Report of an investigation into the causes of the diseases known in Assam as Kála-Azár and Beri-Beri
Disease focus: Beri-Beri
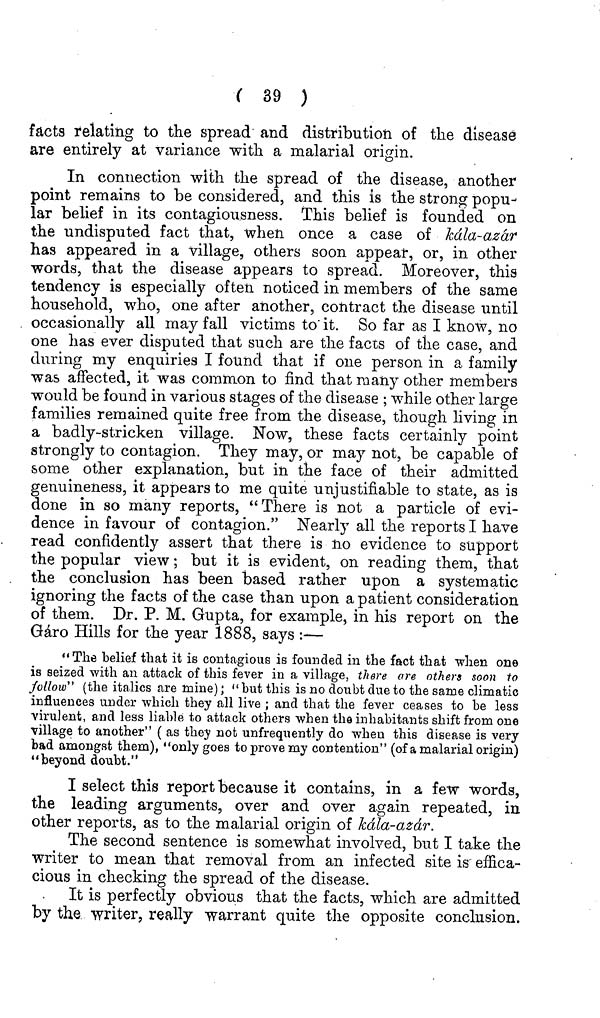
( 39 )
facts relating to the spread and distribution of the disease
are entirely at variance with a malarial origin.
In connection with the spread of the disease, another
point remains to be considered, and this is the strong popu-
lar belief in its contagiousness. This belief is founded on
the undisputed fact that, when once a case of kála-azár
has appeared in a village, others soon appear, or, in other
words, that the disease appears to spread. Moreover, this
tendency is especially often noticed in members of the same
household, who, one after another, contract the disease until
occasionally all may fall victims to it. So far as I know, no
one has ever disputed that such are the facts of the case, and
during my enquiries I found that if one person in a family
was affected, it was common to find that many other members
would be found in various stages of the disease ; while other large
families remained quite free from the disease, though living in
a badly-stricken village. Now, these facts certainly point
strongly to contagion. They may, or may not, be capable of
some other explanation, but in the face of their admitted
genuineness, it appears to me quite unjustifiable to state, as is
done in so many reports, "There is not a particle of evi-
dence in favour of contagion." Nearly all the reports I have
read confidently assert that there is no evidence to support
the popular view ; but it is evident, on reading them, that
the conclusion has been based rather upon a systematic
ignoring the facts of the case than upon a patient consideration
of them. Dr. P. M. Gupta, for example, in his report on the
Gáro Hills for the year 1888, says :—
"The belief that it is contagious is founded in the fact that when one
is seized with an attack of this fever in a village, there are others soon to
follow" (the italics are mine) ; " hut this is no doubt due to the same climatic
influences under which they all live ; and that the fever ceases to be less
virulent, and less liable to attack others when the inhabitants shift from one
village to another" ( as they not unfrequently do when this disease is very
bad amongst them), "only goes to prove my contention" (of a malarial origin)
"beyond doubt."
I select this report because it contains, in a few words,
the leading arguments, over and over again repeated, in
other reports, as to the malarial origin of Kála-azár.
The second sentence is somewhat involved, but I take the
writer to mean that removal from an infected site is effica-
cious in checking the spread of the disease.
It is perfectly obvious that the facts, which are admitted
by the writer, really warrant quite the opposite conclusion.